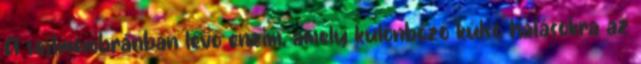
A sejtmembránban levő enzim, amely különböző külső hatásokra az